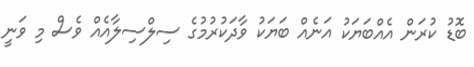
ބޮޑު ކުރަން އެއްބަޔަކު އަނެއް ބަޔަކު ވާދަކުރުމުގެ ސިލްސިލާއެއް ވެސް މި ވަނީ